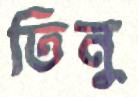
তিনু